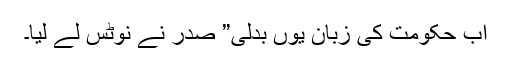
اب حکومت کی زبان یوں بدلی” صدر نے نوٹس لے لیا۔